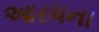
આરધના